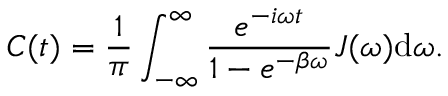
C ( t ) = \frac { 1 } { \pi } \int _ { - \infty } ^ { \infty } \frac { e ^ { - i \omega t } } { 1 - e ^ { - \beta \omega } } J ( \omega ) \mathrm { d } \omega .